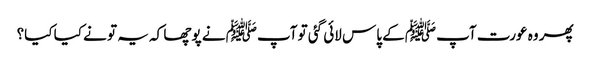
پھر وہ عورت آپﷺ کے پاس لائی گئی تو آپﷺ نے پوچھا کہ یہ تو نے کیا کیا؟